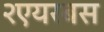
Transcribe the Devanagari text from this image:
२एयरबस